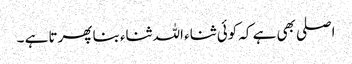
اصلی بھی ہے کہ کوئی ثناء اللہ ثناء بنا پھرتا ہے ۔